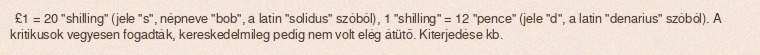
£1 = 20 "shilling" (jele "s", népneve "bob", a latin "solidus" szóból), 1 "shilling" = 12 "pence" (jele "d", a latin "denarius" szóból). A kritikusok vegyesen fogadták, kereskedelmileg pedig nem volt elég átütő. Kiterjedése kb.